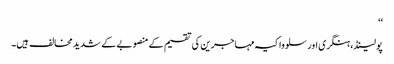
‘‘
پولینڈ، ہنگری اور سلوواکیہ مہاجرین کی تقسیم کے منصوبے کے شدید مخالف ہیں۔